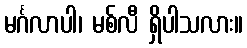
မင်္ဂလာပါ၊ မစ်လီ ရှိပါသလား။